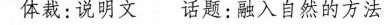
体裁:说明文 话题:融入自然的方法